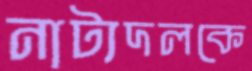
নাট্যদলকে